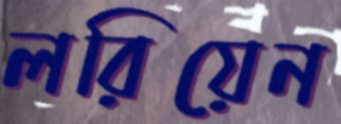
লরিয়েন